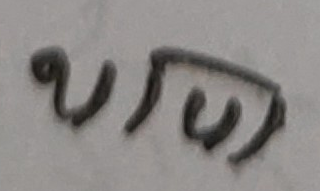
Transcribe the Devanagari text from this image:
रहेछ।